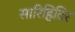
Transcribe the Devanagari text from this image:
सारिहिदिर